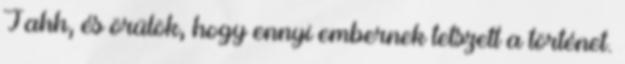
Jahh, és örülök, hogy ennyi embernek tetszett a történet.